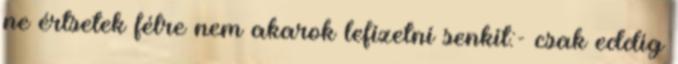
ne értsetek félre nem akarok lefizetni senkit:- csak eddig